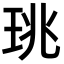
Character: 珧